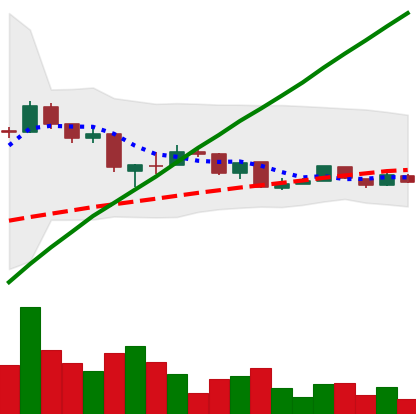
Ticker: LTC-USD
Chart end date: 2015-08-15
Forward return: -8.161%
Label: down_7plus